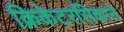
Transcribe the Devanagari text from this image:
क्रिकेटरसिकाने